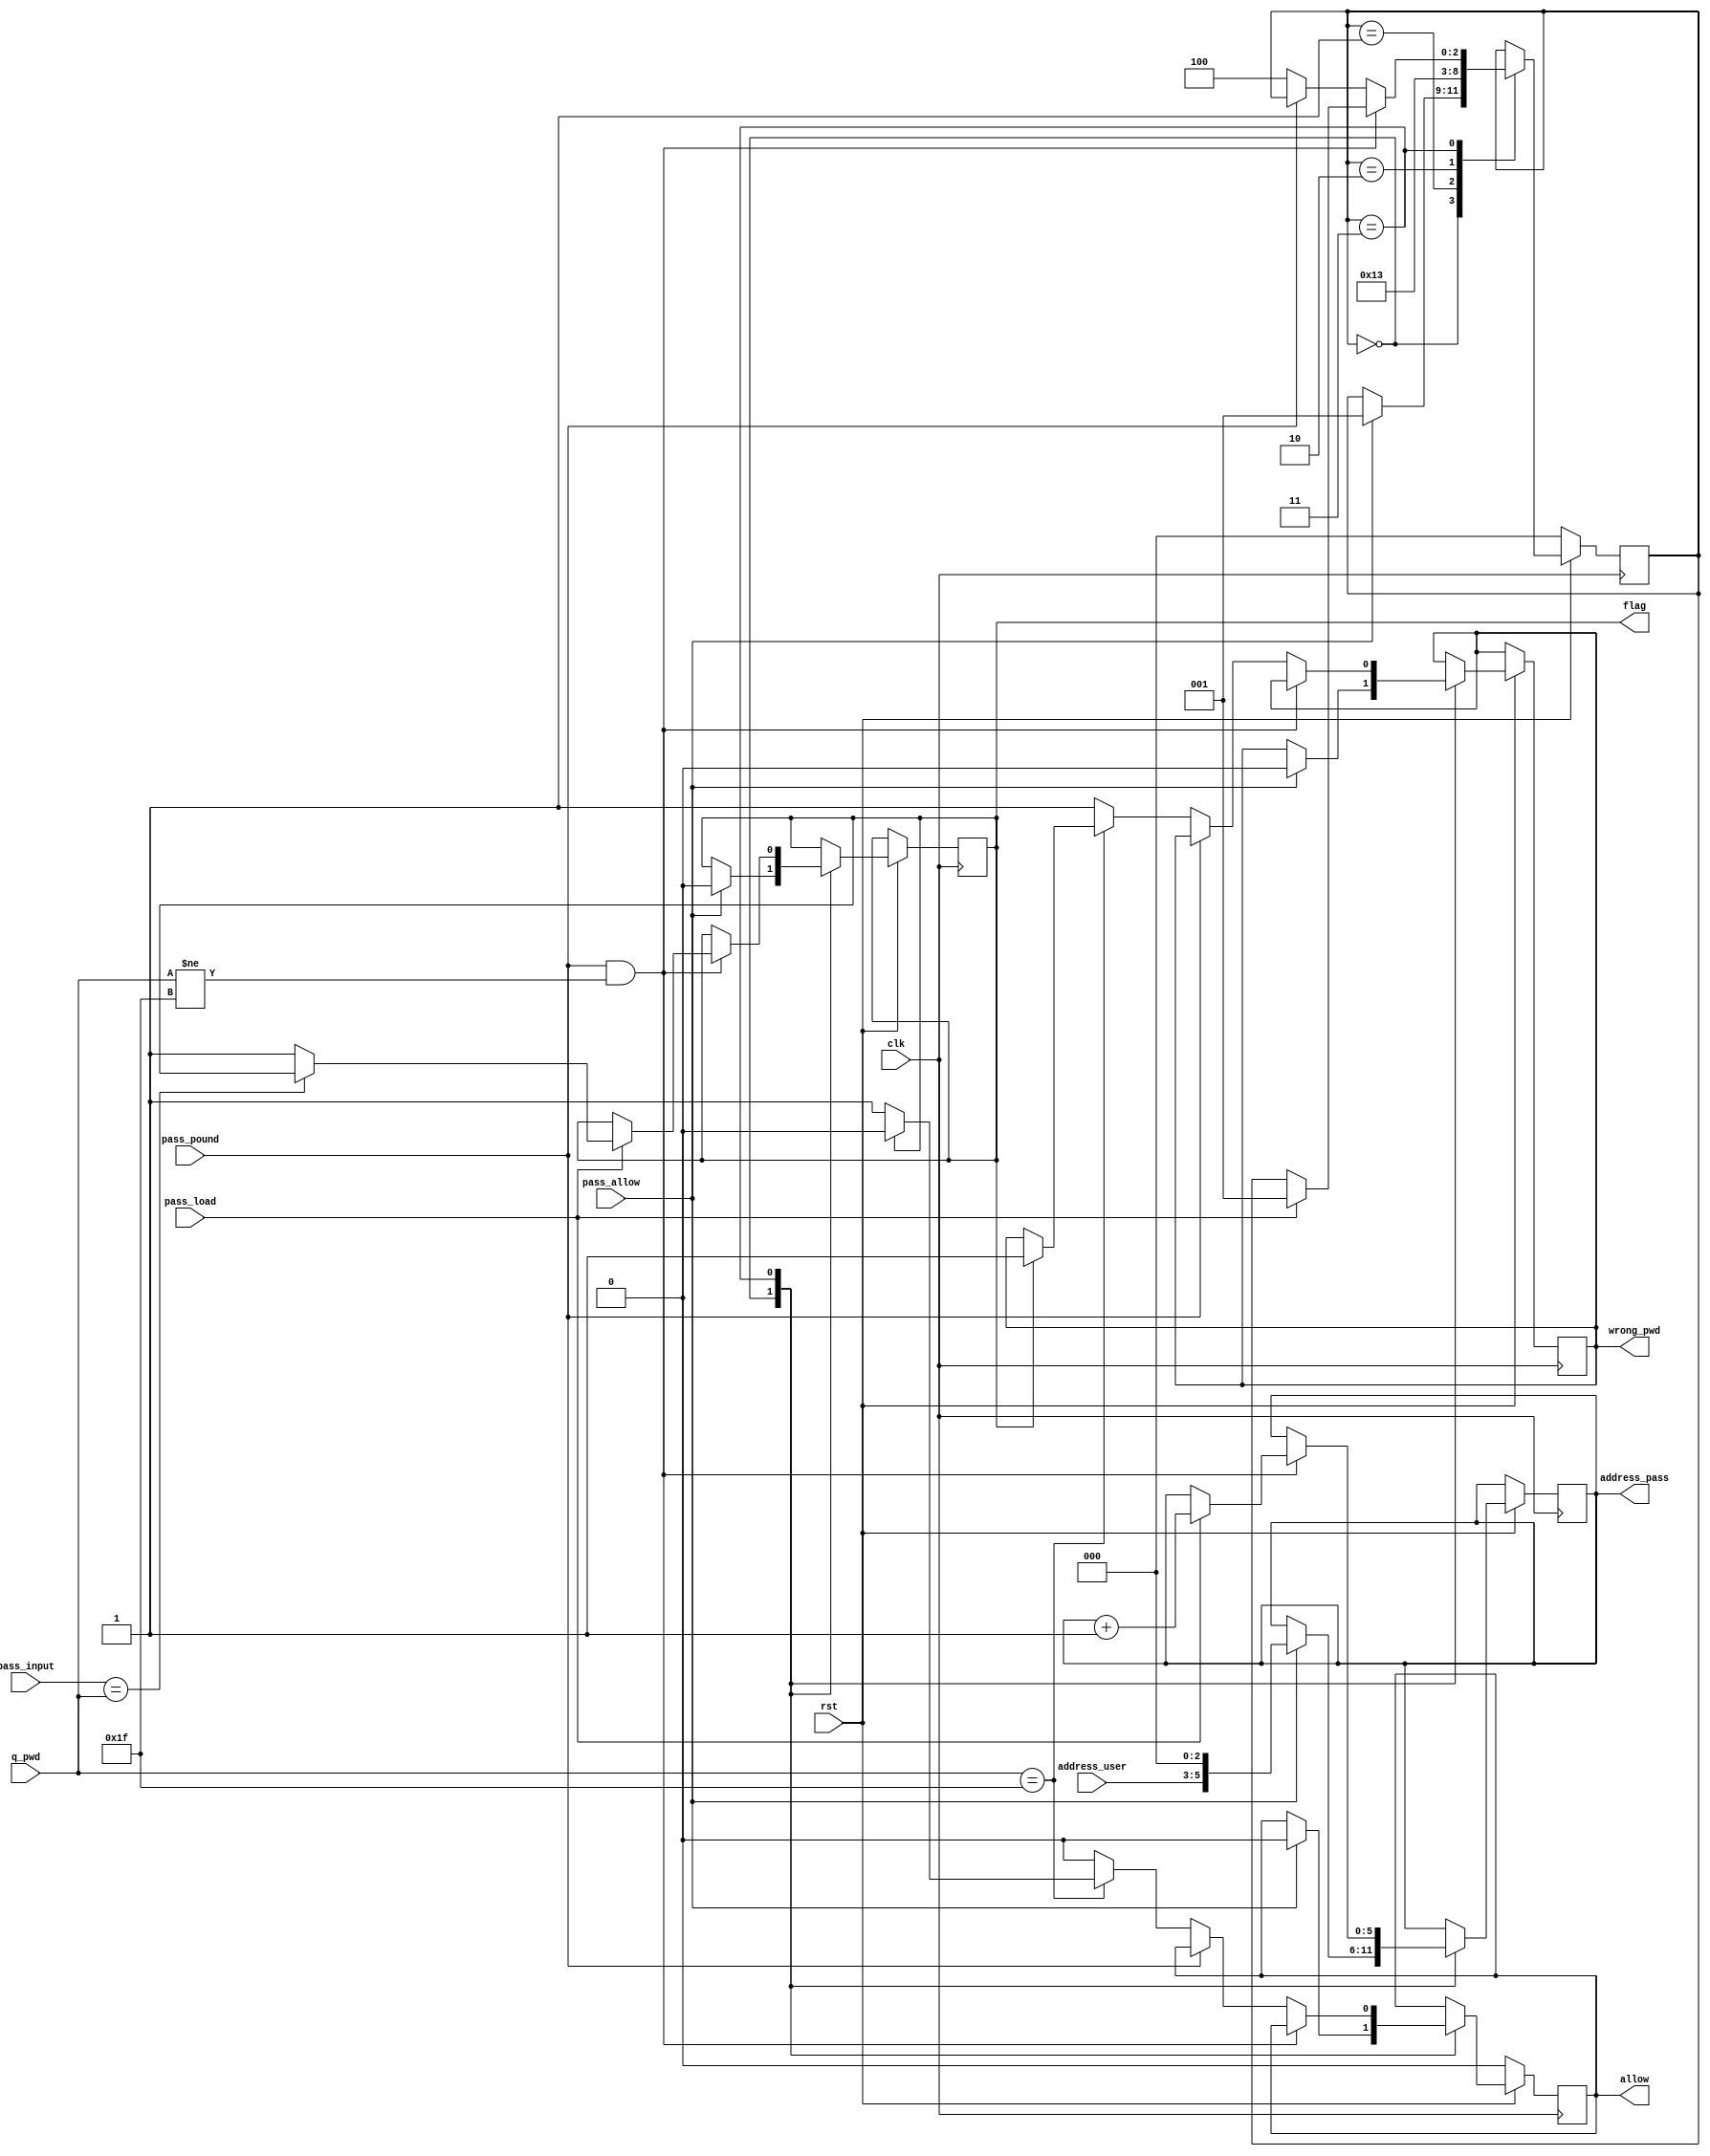
module PASS_ROM_controller_mod(clk, rst, pass_allow, pass_input, pass_load, pass_pound, address_user,  q_pwd, address_pass, allow, flag, wrong_pwd);

input clk, rst;
input pass_allow;
input [3:0] pass_input;
input pass_load;
input pass_pound;

input [7:0] q_pwd;
input [2:0] address_user;

output wrong_pwd;
output [5:0] address_pass;
output allow;
output flag;
reg allow;
reg wrong_pwd;
reg [5:0] address_pass;
reg flag;

parameter INIT=0;
parameter WAIT_1=1;
parameter WAIT_2=2;
parameter CHECK=3;
parameter FINISH=4;

reg [2:0] state;

always@(posedge clk)
	begin
		if (rst==1'b0)
			begin
				state<=INIT;
				allow<=1'b0;
			end
		else
			begin
				case(state)
					
					INIT:
						begin
							if(pass_allow==1'b1)
								begin
									flag<=1'b0;
									allow<=1'b0;
									wrong_pwd<=1'b0;
									address_pass<={address_user, 3'b000};
									state<=WAIT_1;
								end
						end
						
					WAIT_1:
						begin
							state<=WAIT_2;
						end
					
					WAIT_2:
						begin
							state<=CHECK;
						end
						
					CHECK:
						begin
							if(pass_pound==1'b1 & q_pwd!=8'h1F)
								begin
									if(pass_load==1'b1)
										begin
											if({3'b000,pass_input}==q_pwd)
												begin
													address_pass<=address_pass+1;
													state<=WAIT_1;
												end
											else
												begin
													flag<=1'b1;
													address_pass<=address_pass+1;
													state<=WAIT_1;
												end
										end
								end
							else
								begin
									if(pass_pound==1'b0)
										begin
											if(q_pwd==8'h1F)
												begin
													if(flag==1'b1)
														begin
															allow<=1'b0;
															wrong_pwd<=1'b1;
															state<=FINISH;
														end
													else 
														begin
															allow<=1'b1;
															state<=FINISH;
														end
												end
											else
												begin
													allow<=1'b0;
													wrong_pwd<=1'b1;
													state<=FINISH;
												end
										end
									
								end
						end
					
					FINISH:
						begin
							state<=state;
						end
					
				endcase
			end
	end


endmodule